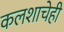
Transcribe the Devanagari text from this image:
कलशाचेही